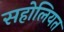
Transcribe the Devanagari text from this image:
सहोलियत